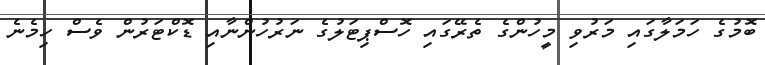
ބޮމުގެ ހަމަލާގައި މަރުވި މީހުންގެ ތެރޭގައި ހޮސްޕިޓަލުގެ ނަރުހުންނާއި ޑޮކްޓަރުން ވެސް ހިމެނެ